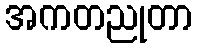
အကတညုတာ